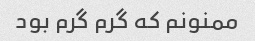
ممنونم که گرم گرم بود